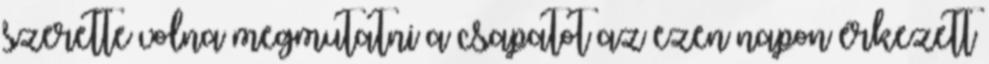
szerette volna megmutatni a csapatot az ezen napon érkezett